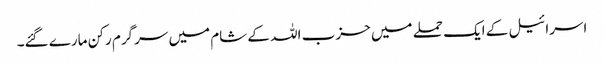
اسرائیل کے ایک حملے میں حزب اللہ کے شام میں سرگرم رکن مارے گئے۔